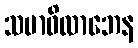
သမာဓိလာဘေန